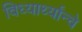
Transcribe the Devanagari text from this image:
विध्यार्थ्यांन्चे